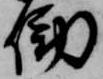
働